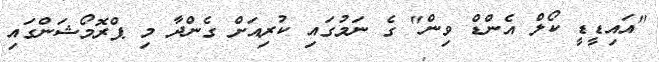
"އައިޑީޑީ ކޯލް އެންޑް ވިން" ގެ ނަމުގައި ކުރިއަށް ގެންދާ މި ޕްރޮމޯޝަންގައި